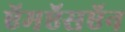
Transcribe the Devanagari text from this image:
ऍमऍसऍन